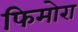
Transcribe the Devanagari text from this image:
फिमोरा